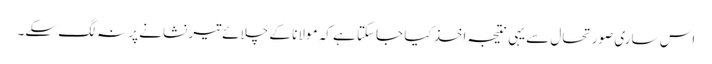
اس ساری صورتحال سے یہی نتیجہ اخذ کیا جاسکتا ہے کہ مولانا کے چلائے تیر نشانے پر نہ لگ سکے۔